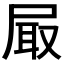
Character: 𡱾